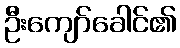
ဦးကျော်ခေါင်၏